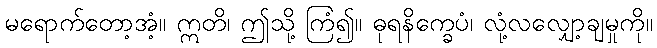
မရောက်တော့အံ့။ ဣတိ၊ ဤသို့ ကြံ၍။ ဓုရနိက္ခေပံ၊ လုံ့လလျှော့ချမှုကို။